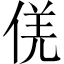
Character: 𠊡